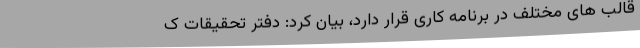
قالب های مختلف در برنامه کاری قرار دارد، بیان کرد: دفتر تحقیقات ک